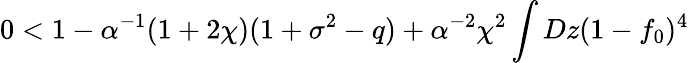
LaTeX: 0<1-\alpha^{-1}(1+2\chi)(1+\sigma^{2}-q)+\alpha^{-2}\chi^{2}\int Dz(1-f_{0})^{4}